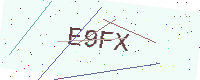
Text: E9FX